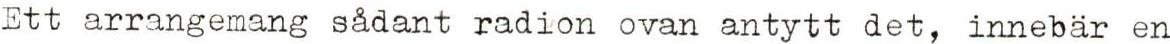
Ett arrangemang sådant radion ovan antytt det, innebär en